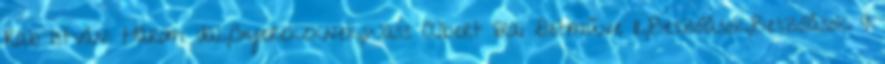
Rab István: Három dal.,Gyerekeknek,Wass Albert lírai életműve II.,Beszólások,Beszólások 9